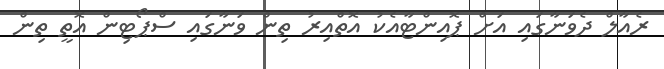
ރެއާލް ދެވަނާގައި އަށް ޕޮއިންޓާއެކު އޮތްއިރު ތިން ވަނާގައި ސްޕޯޓިން އޮތީ ތިން